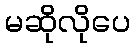
မဆိုလိုပေ